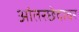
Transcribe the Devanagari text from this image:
आंतरछेदावर